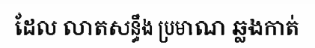
ដែល លាតសន្ធឹង ប្រមាណ ឆ្លងកាត់